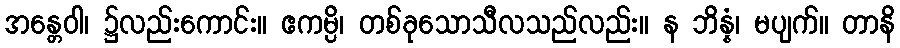
အန္တေဝါ၊ ၌လည်းကောင်း။ ဧကမ္ပိ၊ တစ်ခုသောသီလသည်လည်း။ န ဘိန္နံ၊ မပျက်။ တာနိ